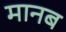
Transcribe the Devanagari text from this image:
मानब